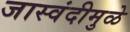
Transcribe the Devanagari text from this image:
जास्वंदीमुळे